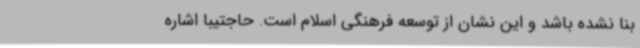
بنا نشده باشد و این نشان از توسعه فرهنگی اسلام است. حاجتیبا اشاره